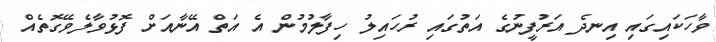
ވާހަކައިގައި އިނދެ އަރުފީނުގެ އަތުގައި ރުހައިލު ހިފާލުމުން އެ އަތް އޭނާއަށް ފޮޅުވާލެވޭގޮތެއް